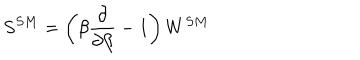
LaTeX: S ^ { S M } = \left( \beta { \frac { \partial } { \partial \beta } } - 1 \right) W ^ { S M }